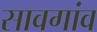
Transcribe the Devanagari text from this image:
सावगांव